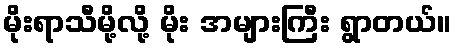
မိုးရာသီမို့လို့ မိုး အများကြီး ရွာတယ်။